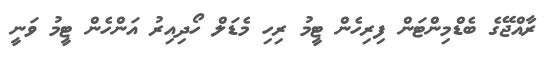
ރާއްޖޭގެ ބެޑްމިންޓަން ފިރިހެން ޓީމު ރިހި މެޑަލް ހޯދިއިރު އަންހެން ޓީމު ވަނީ